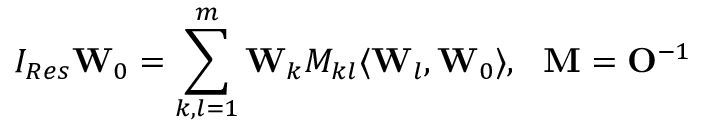
{ \cal I } _ { R e s } { \bf W } _ { 0 } = \sum _ { k , l = 1 } ^ { m } { \bf W } _ { k } M _ { k l } \langle { \bf W } _ { l } , { \bf W } _ { 0 } \rangle , ~ ~ { \bf M } = { \bf O } ^ { - 1 }